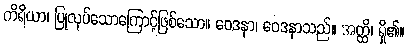
ကိရိယာ၊ ပြုလုပ်သောကြောင့်ဖြစ်သော။ ဝေဒနာ၊ ဝေဒနာသည်။ အတ္ထိ၊ ရှိ၏။